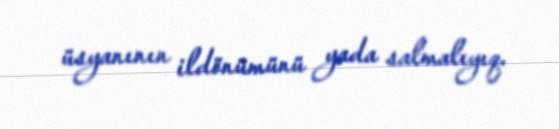
üsyanının ildönümünü yada salmalıyıq.